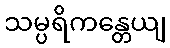
သမ္ပရိကန္တေယျ